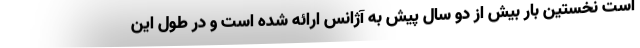
است نخستین بار بیش از دو سال پیش به آژانس ارائه شده است و در طول این